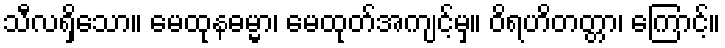
သီလရှိသော။ မေထုနဓမ္မာ၊ မေထုတ်အကျင့်မှ။ ဝိရဟိတတ္တာ၊ ကြောင့်။